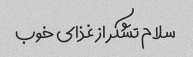
سلام تشکر از غذای خوب